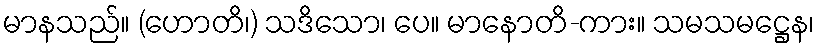
မာနသည်။ (ဟောတိ၊) သဒိသော၊ ပေ။ မာနောတိ-ကား။ သမသမဋ္ဌေန၊